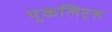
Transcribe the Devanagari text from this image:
युकलिप्ट्स